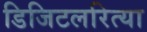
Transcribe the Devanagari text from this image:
डिजिटलरित्या